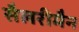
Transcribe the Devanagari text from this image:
सैलरीमैन